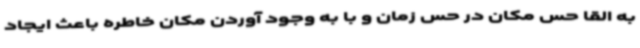
به القا حس مکان در حس زمان و با به وجود آوردن مکان خاطره باعث ایجاد